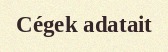
Cégek adatait